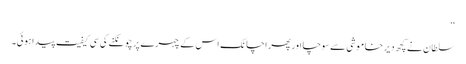
‘‘
سلطان نے کچھ دیر خاموشی سے سوچا اور پھر اچانک اس کے چہرے پر چونکنے کی سی کیفیت پیدا ہوئی۔